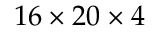
1 6 \times 2 0 \times 4